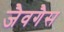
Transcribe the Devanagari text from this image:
जैवगैस